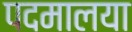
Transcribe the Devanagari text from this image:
पदमालया